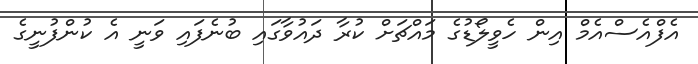
އެފްއެސްއެމް އިން ހެވީލޯޑުގެ މައްޗަށް ކުރާ ދައުވާގައި ބުނެފައި ވަނީ އެ ކުންފުނީގެ